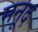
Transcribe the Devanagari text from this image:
मनूद